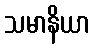
သမာနိယာ